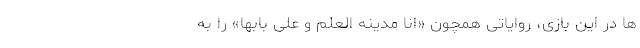
ها در این بازی، روایاتی همچون «انا مدینه العلم و علی بابها» را به